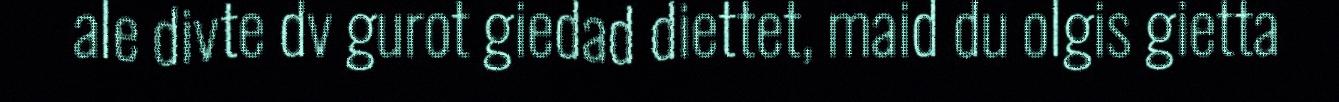
ale divte dv gurot giedad diettet, maid du olgis gietta